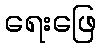
ရေးဖြေ